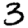
Digit: 3